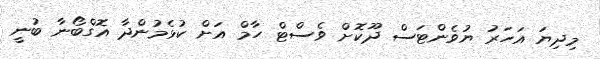
މިދިޔަ އަހަރު ޔުވެންޓަސް ދޫކޮށް ވެސްޓް ހާމް އަށް ކުޅެމުންދާ އޮގްބޯނާ ބުނީ